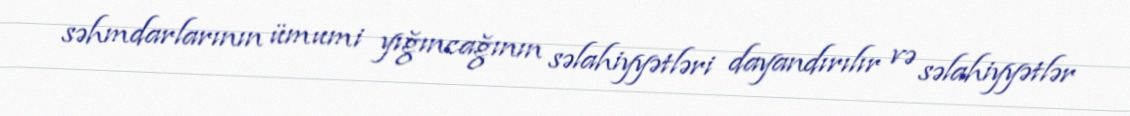
səhmdarlarının ümumi yığıncağının səlahiyyətləri dayandırılır və səlahiyyətlər